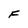
Character: F